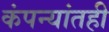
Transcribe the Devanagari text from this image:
कंपन्यांतही